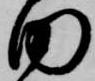
田